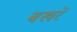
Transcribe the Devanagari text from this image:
बखरें